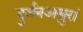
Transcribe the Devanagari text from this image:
दुर्जनअसुरां